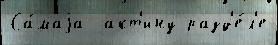
Са́маjа  акт'ину разд'е́л'е